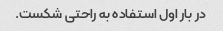
در بار اول استفاده به راحتی شکست.